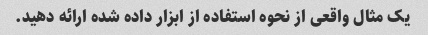
یک مثال واقعی از نحوه استفاده از ابزار داده شده ارائه دهید.